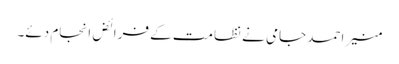
منیر احمد جامی نے نظامت کے فرائض انجام دئے۔